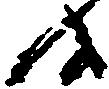
候